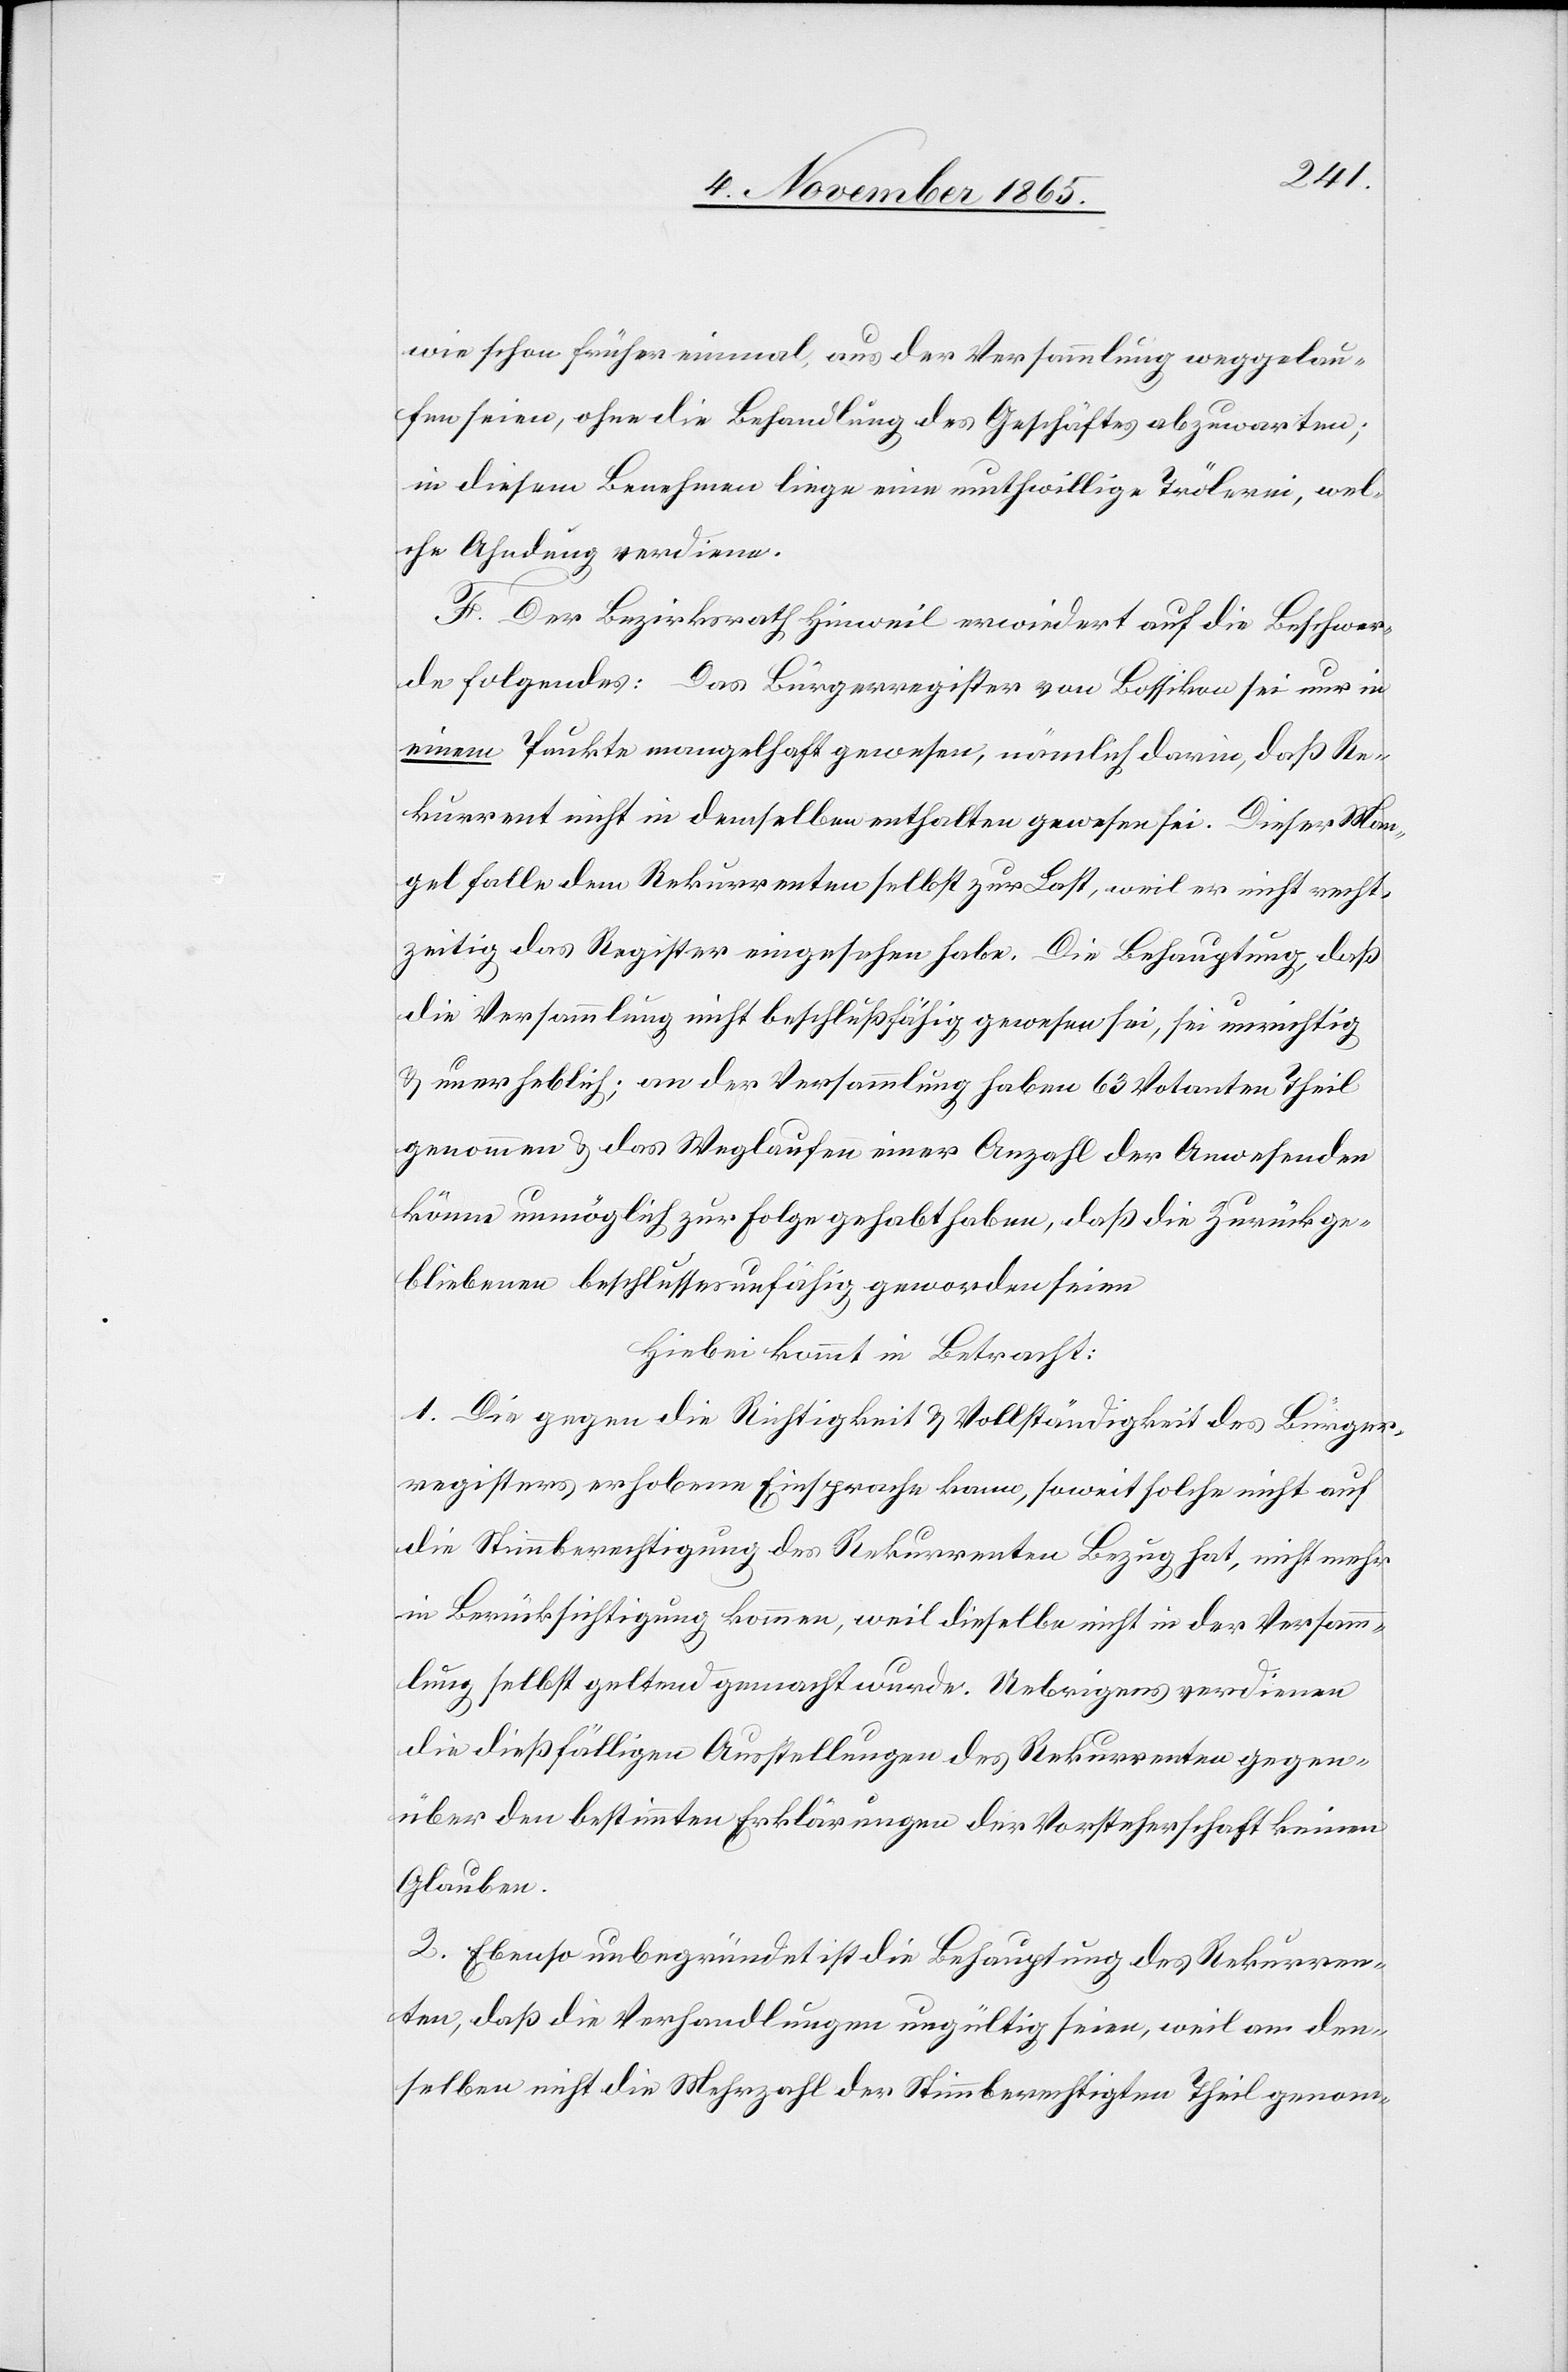
wie schon früher einmal, aus der Versammlung wegelau¬
fen seien, ohne die Behandlung des Geschäftes abzuwarten;
in diesem Benehmen liege eine muthwillige Trölerei, wel¬
che Ahndung verdiene.
F. Der Bezirksrath Hinweil erwiedert auf die Beschwer¬
de folgendes: Das Bürgerregister von Bossikon sei nur in
einem Punkte mangelhaft gewesen, nämlich darin, daß Re¬
kurrent nicht in demselben enthalten gewesen sei. Dieser Man¬
gel falle dem Rekurrenten selbst zur Last, weil er nicht recht¬
zeitig das Register eingesehen habe. Die Behauptung, daß
die Versammlung nicht beschlußfähig gewesen sei, sei unrichtig
& unerheblich; an der Versammlung haben 63 Votanten Theil
genommen & das Weglaufen einer Anzahl der Anwesenden
könne unmöglich zur Folge gehabt haben, daß die Zurückge¬
bliebenen beschlussesunfähig geworden seien[.]
Hiebei kommt in Betracht:
1. Die gegen die Richtigkeit & Vollständigkeit des Bürger¬
registers erhobene Einsprache kann, soweit solche nicht auf
die Stimmberechtigung des Rekurrenten Bezug hat, nicht mehr
in Berücksichtigung kommen, weil dieselbe nicht in der Versamm¬
lung selbst geltend gemacht wurde. Uebrigens verdienen
die dießfälligen Ausstellungen des Rekurrenten gegen¬
über den bestimmten Erklärungen der Vorsteherschaft keinen
Glauben.
2. Ebenso unbegründet ist die Behauptung des Rekurren¬
ten, daß die Verhandlungen ungültig seien, weil an den¬
selben nicht die Mehrzahl der Stimmberechtigten Theil genom-